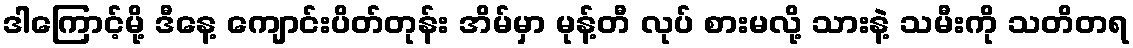
ဒါကြောင့်မို့ ဒီနေ့ ကျောင်းပိတ်တုန်း အိမ်မှာ မုန့်တီ လုပ် စားမလို့ သားနဲ့ သမီးကို သတိတရ